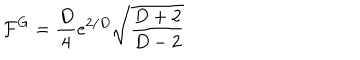
LaTeX: \mathcal { F } ^ { G } = \frac { D } { 4 } e ^ { 2 / D } \sqrt { \frac { D + 2 } { D - 2 } }